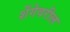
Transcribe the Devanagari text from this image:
शेंगेवरील